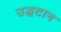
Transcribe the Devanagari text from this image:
उद्घटान